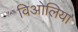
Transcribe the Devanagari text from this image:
विओलिया